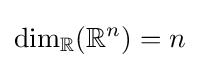
\dim _{\mathbb {R} }(\mathbb {R} ^{n})=n